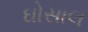
ઘોસાલ